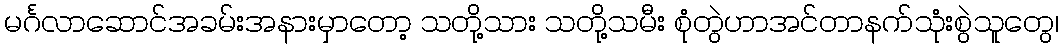
မင်္ဂလာဆောင်အခမ်းအနားမှာတော့ သတို့သား သတို့သမီး စုံတွဲဟာအင်တာနက်သုံးစွဲသူတွေ၊